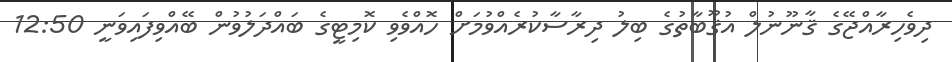
ދިވެހިރާއްޖޭގެ ޤާނޫނުލް އުޤޫބާތުގެ ބިލު ދިރާސާކުރެއްވުމަށް ހޮއްވެވި ކޮމިޓީގެ ބައްދަލުވުން ބޭއްވިފައިވަނީ 12:50